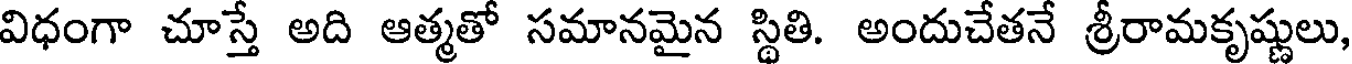
విధంగా చూస్తే అది ఆత్మతో సమానమైన స్థితి. అందుచేతనే శ్రీరామకృష్ణులు,